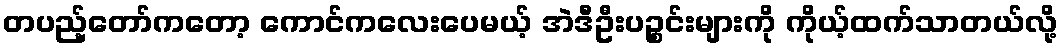
တပည့်တော်ကတော့ ကောင်ကလေးပေမယ့် အဲဒီဦးပဉ္စင်းများကို ကိုယ့်ထက်သာတယ်လို့